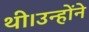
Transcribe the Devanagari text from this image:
थी।उन्होंने